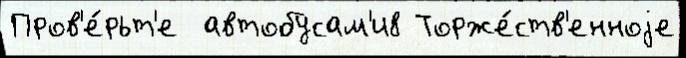
Пров'е́рьт'е  автобусам'и8 Торже́ств'енноjе